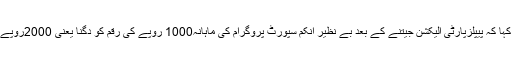
”کیونکہ اُنہیں تنہا چھوڑ پر ہم نے کیا اپنے پیٹ پر لات مارنی ہے” بلاول نے کہا کہ پیپلزپارٹی الیکشن جیتنے کے بعد بے نظیر انکم سپورٹ پروگرام کی ماہانہ1000 روپے کی رقم کو دگنا یعنی 2000روپے کردے گی، جس سے ملک میں لاکھوں غریب و نادار افراد مستفید ہورہے ہیں۔